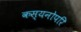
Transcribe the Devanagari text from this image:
कस्यनोपरि